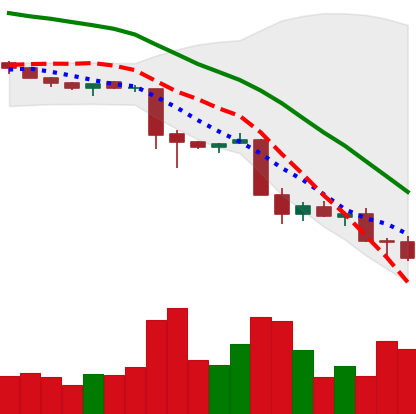
Ticker: XMR-USD
Chart end date: 2018-11-26
Forward return: 12.084%
Label: up_7plus